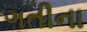
ગતીના